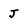
Character: J